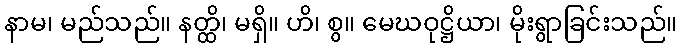
နာမ၊ မည်သည်။ နတ္ထိ၊ မရှိ။ ဟိ၊ စွ။ မေဃဝုဋ္ဌိယာ၊ မိုးရွာခြင်းသည်။